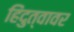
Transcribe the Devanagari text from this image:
हिंदुत्वावर